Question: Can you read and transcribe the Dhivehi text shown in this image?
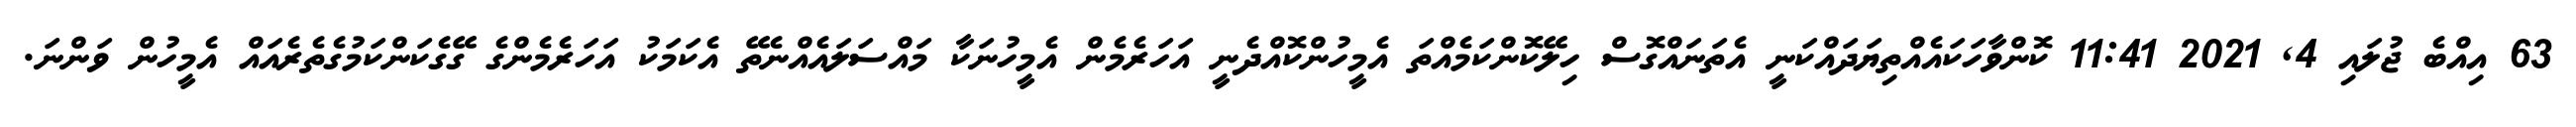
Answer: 63 އިއްބެ ޖުލައި 4, 2021 11:41 ކޮންވާހަކައެއްތިޔަދައްކަނީ އެތަނައްގޮސް ހިލޭކޮންކަމެއްތަ އެމީހުންކޮއްދެނީ އަހަރެމެން އެމީހުނަކާ މައްސަލައެއްނެތޭ އެކަމަކު އަހަރެމެންގެ ގޭގެކަންކަމުގެތެރެއައް އެމީހުން ވަންނަ.